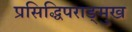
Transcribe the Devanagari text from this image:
प्रसिद्धिपराङ्‍मुख